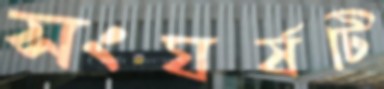
সংঘর্ষটি